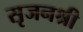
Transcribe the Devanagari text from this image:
सृजनश्री